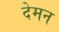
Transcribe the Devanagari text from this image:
देमन